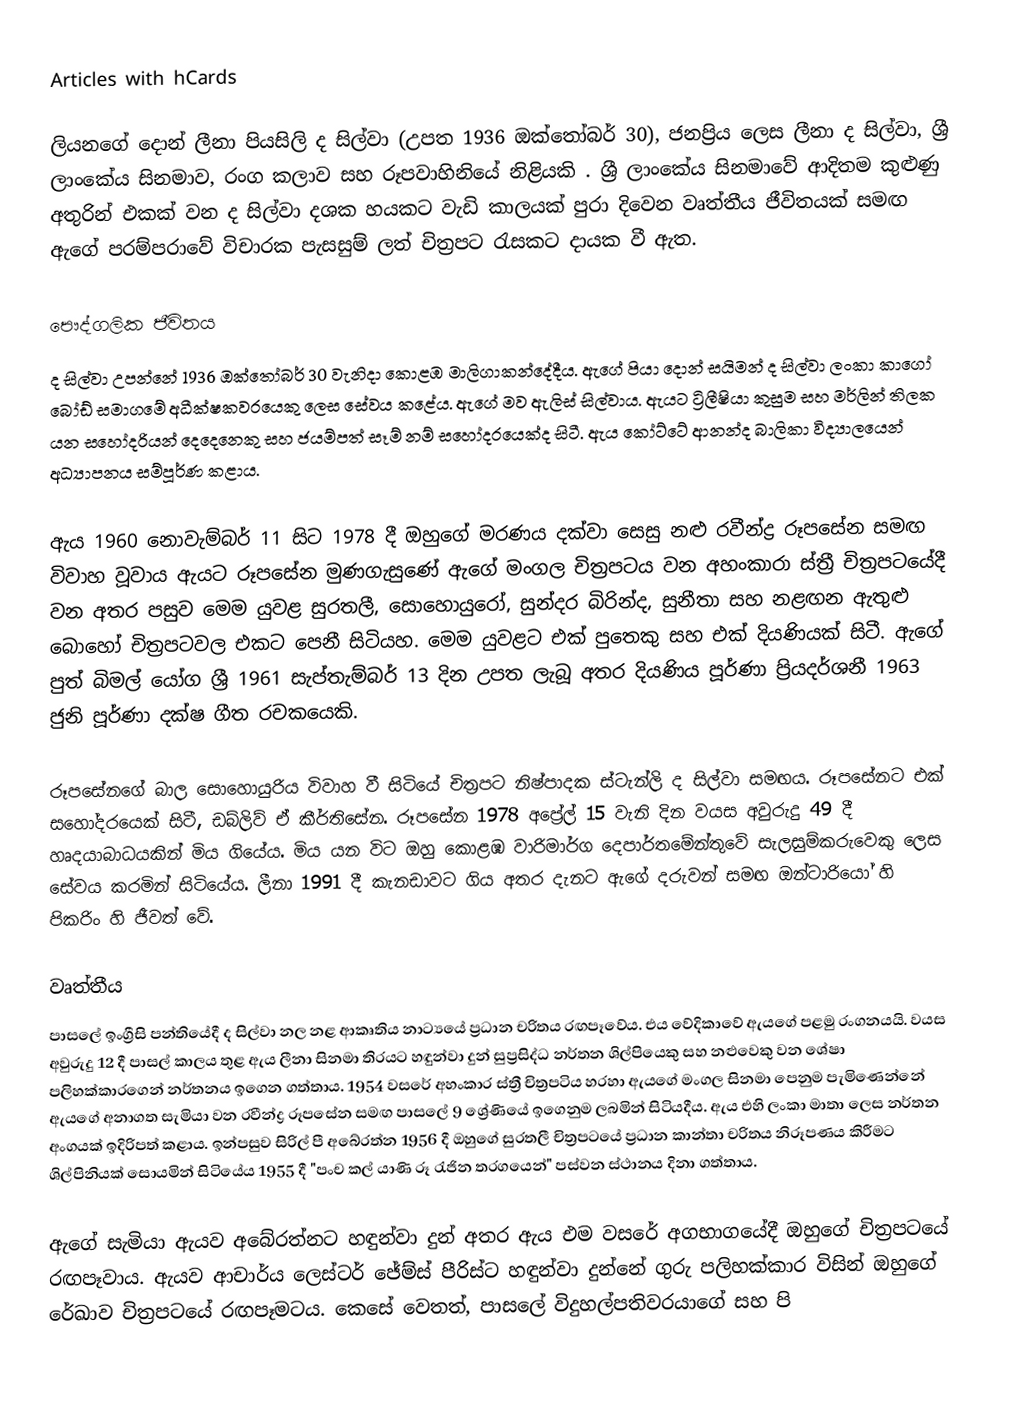
Articles with hCards

ලියනගේ දොන් ලීනා පියසිලි ද සිල්වා (උපත 1936 ඔක්තෝබර් 30), ජනප්‍රිය ලෙස ලීනා ද සිල්වා, ශ්‍රී ලාංකේය සිනමාව, රංග කලාව සහ රූපවාහිනියේ නිළියකි .   ශ්‍රී ලාංකේය සිනමාවේ ආදිතම කුළුණු අතුරින් එකක් වන ද සිල්වා දශක හයකට වැඩි කාලයක් පුරා දිවෙන වෘත්තීය ජීවිතයක් සමඟ ඇගේ පරම්පරාවේ විචාරක පැසසුම් ලත් චිත්‍රපට රැසකට දායක වී ඇත.

පෞද්ගලික ජීවිතය
ද සිල්වා උපන්නේ 1936 ඔක්තෝබර් 30 වැනිදා කොළඹ මාලිගාකන්දේදීය.  ඇගේ පියා දොන් සයිමන් ද සිල්වා ලංකා කාගෝ බෝඩ් සමාගමේ අධීක්ෂකවරයෙකු ලෙස සේවය කළේය. ඇගේ මව ඇලිස් සිල්වාය. ඇයට ට්‍රිලීෂියා කුසුම සහ මර්ලින් තිලක යන සහෝදරියන් දෙදෙනෙකු සහ ජයම්පත් සෑම් නම් සහෝදරයෙක්ද සිටී. ඇය කෝට්ටේ ආනන්ද බාලිකා විද්‍යාලයෙන් අධ්‍යාපනය සම්පූර්ණ කළාය.

ඇය 1960 නොවැම්බර් 11 සිට 1978 දී ඔහුගේ මරණය දක්වා සෙසු නළු රවීන්ද්‍ර රූපසේන සමඟ විවාහ වූවාය  ඇයට රූපසේන මුණගැසුණේ ඇගේ මංගල චිත්‍රපටය වන අහංකාරා ස්ත්‍රී චිත්‍රපටයේදී වන අතර පසුව මෙම යුවළ සුරතලී, සොහොයුරෝ, සුන්දර බිරින්ද, සුනීතා සහ නළඟන ඇතුළු බොහෝ චිත්‍රපටවල එකට පෙනී සිටියහ. මෙම යුවළට එක් පුතෙකු සහ එක් දියණියක් සිටී. ඇගේ පුත් බිමල් යෝග ශ්‍රී 1961 සැප්තැම්බර් 13 දින උපත ලැබූ අතර දියණිය පූර්ණා ප්‍රියදර්ශනී 1963 ජුනි  පූර්ණා දක්ෂ ගීත රචකයෙකි.

රූපසේනගේ බාල සොහොයුරිය විවාහ වී සිටියේ චිත්‍රපට නිෂ්පාදක ස්ටැන්ලි ද සිල්වා සමඟය. රූපසේනට එක් සහෝදරයෙක් සිටී, ඩබ්ලිව් ඒ කීර්තිසේන. රූපසේන 1978 අප්‍රේල් 15 වැනි දින වයස අවුරුදු 49 දී හෘදයාබාධයකින් මිය ගියේය. මිය යන විට ඔහු කොළඹ වාරිමාර්ග දෙපාර්තමේන්තුවේ සැලසුම්කරුවෙකු ලෙස සේවය කරමින් සිටියේය.  ලීනා 1991 දී කැනඩාවට ගිය අතර දැනට ඇගේ දරුවන් සමඟ ඔන්ටාරියෝ හි පිකරිං හි ජීවත් වේ.

වෘත්තීය
පාසලේ ඉංග්‍රීසි පන්තියේදී ද සිල්වා නල නළ ආකෘතිය නාට්‍යයේ ප්‍රධාන චරිතය රඟපෑවේය. එය වේදිකාවේ ඇයගේ පළමු රංගනයයි. වයස අවුරුදු 12 දී පාසල් කාලය තුළ ඇය ලීනා සිනමා තිරයට හඳුන්වා දුන් සුප්‍රසිද්ධ නර්තන ශිල්පියෙකු සහ නළුවෙකු වන ශේෂා පලිහක්කාරගෙන් නර්තනය ඉගෙන ගත්තාය.  1954 වසරේ අහංකාර ස්ත්‍රී චිත්‍රපටිය හරහා ඇයගේ මංගල සිනමා පෙනුම පැමිණෙන්නේ ඇයගේ අනාගත සැමියා වන රවීන්ද්‍ර රූපසේන සමඟ පාසලේ 9 ශ්‍රේණියේ ඉගෙනුම ලබමින් සිටියදීය. ඇය එහි ලංකා මාතා ලෙස නර්තන අංගයක් ඉදිරිපත් කළාය.  ඉන්පසුව සිරිල් පී අබේරත්න 1956 දී ඔහුගේ සුරතලී චිත්‍රපටයේ ප්‍රධාන කාන්තා චරිතය නිරූපණය කිරීමට ශිල්පිනියක් සොයමින් සිටියේය   1955 දී "පංච කල් යාණි රූ රැජින තරගයෙන්" පස්වන ස්ථානය දිනා ගත්තාය.

ඇගේ සැමියා ඇයව අබේරත්නට හඳුන්වා දුන් අතර ඇය එම වසරේ අගභාගයේදී ඔහුගේ චිත්‍රපටයේ රඟපෑවාය. ඇයව ආචාර්ය ලෙස්ටර් ජේම්ස් පීරිස්ට හඳුන්වා දුන්නේ ගුරු පලිහක්කාර විසින් ඔහුගේ රේඛාව චිත්‍රපටයේ රඟපෑමටය. කෙසේ වෙතත්, පාසලේ විදුහල්පතිවරයාගේ සහ පි